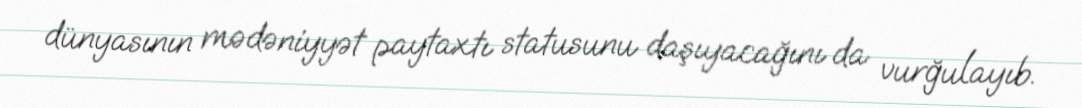
dünyasının mədəniyyət paytaxtı statusunu daşıyacağını da vurğulayıb.